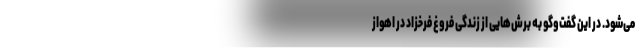
می‌شود. در این گفت‌وگو به برش‌هایی از زندگی فروغ فرخزاد در اهواز